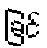
ခြင်